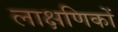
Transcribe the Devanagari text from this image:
लाक्षणिकों